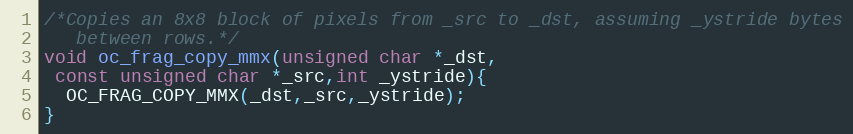
Language: C
/*Copies an 8x8 block of pixels from _src to _dst, assuming _ystride bytes
   between rows.*/
void oc_frag_copy_mmx(unsigned char *_dst,
 const unsigned char *_src,int _ystride){
  OC_FRAG_COPY_MMX(_dst,_src,_ystride);
}